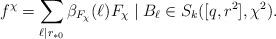
LaTeX: \begin{align*}f^\chi = \sum_{\ell\mid {r_{*0}}} \beta_{F_\chi}(\ell) F_\chi\mid B_\ell\in S_k([q, r^2], \chi^2).\end{align*}